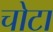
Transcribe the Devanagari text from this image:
चोटा